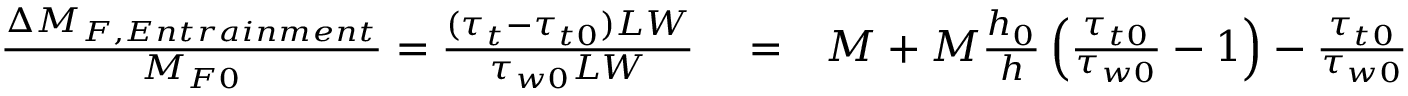
\begin{array} { r l r } { \frac { \Delta M _ { F , E n t r a i n m e n t } } { M _ { F 0 } } = \frac { ( \tau _ { t } - \tau _ { t 0 } ) L W } { \tau _ { w 0 } L W } } & { { } = } & { M + M \frac { h _ { 0 } } { h } \left( \frac { \tau _ { t 0 } } { \tau _ { w 0 } } - 1 \right) - \frac { \tau _ { t 0 } } { \tau _ { w 0 } } } \end{array}